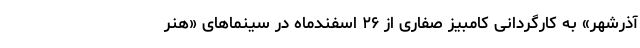
آذرشهر» به کارگردانی کامبیز صفاری از ۲۶ اسفندماه در سینماهای «هنر